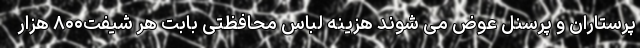
پرستاران و پرسنل عوض می شوند هزینه لباس محافظتی بابت هر شیفت۸۰۰ هزار